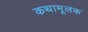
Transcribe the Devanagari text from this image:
कथामूलक